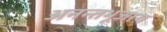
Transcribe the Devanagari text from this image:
अनन्तभूजाय